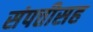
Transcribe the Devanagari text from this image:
संपत्तीसह